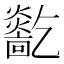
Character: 𤑓